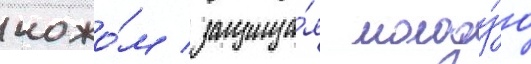
ножо́м / защища́я молоду́ю